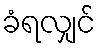
ခံရလျှင်